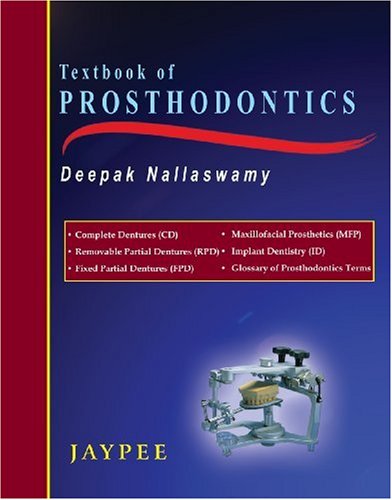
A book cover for Textbook of Prosthodontics; Nallaswamy; Medical Books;